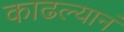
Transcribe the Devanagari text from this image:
काढल्यानं